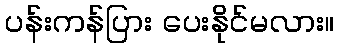
ပန်းကန်ပြား ပေးနိုင်မလား။